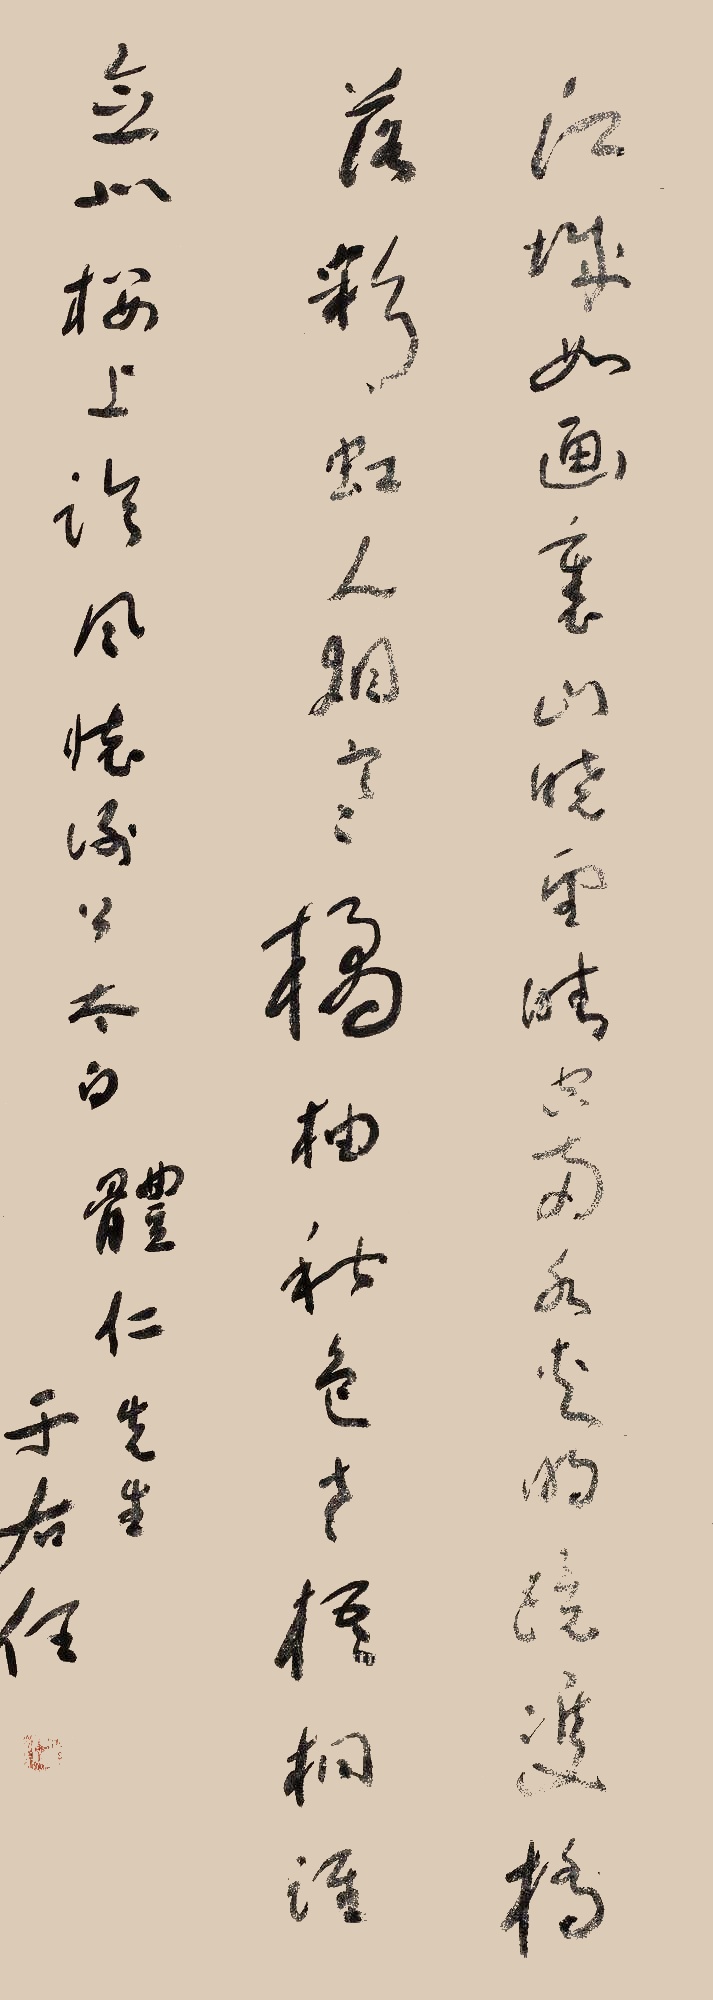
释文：江城如画里，山晓望晴空。两水夹明镜，双桥落彩虹。人烟寒橘柚，秋色老梧桐。谁念北楼上，临风怀谢公。体仁先生，于右任。